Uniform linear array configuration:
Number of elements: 4
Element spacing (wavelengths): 0.25
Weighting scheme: kaiser
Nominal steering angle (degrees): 30
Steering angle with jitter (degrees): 28.321
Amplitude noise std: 0.05
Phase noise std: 0.05

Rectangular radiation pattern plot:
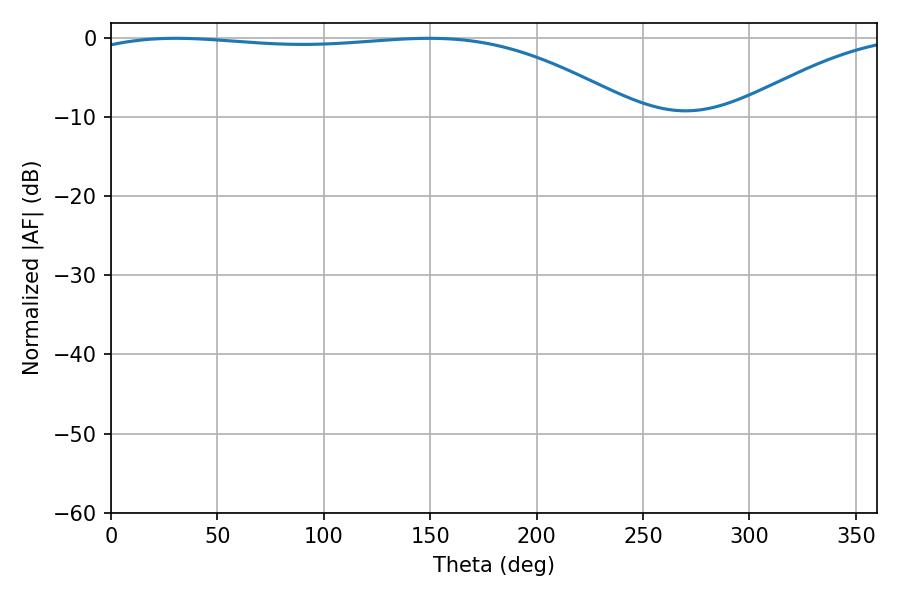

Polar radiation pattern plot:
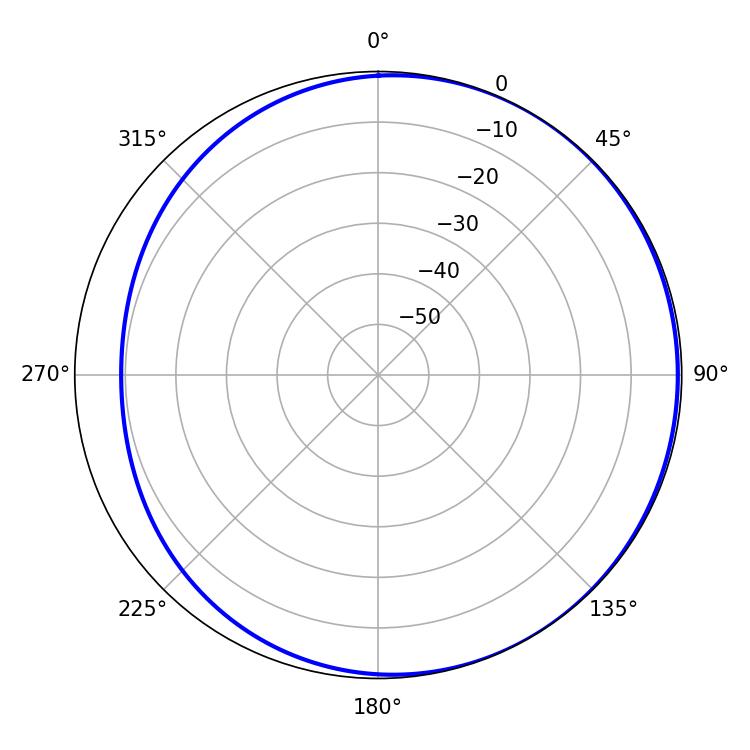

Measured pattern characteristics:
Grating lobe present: FALSE
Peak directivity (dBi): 1.825
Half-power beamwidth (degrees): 205.92
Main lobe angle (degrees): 30.42